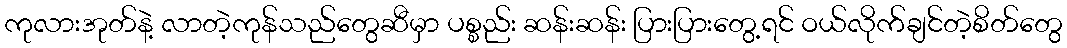
ကုလားအုတ်နဲ့ လာတဲ့ကုန်သည်တွေဆီမှာ ပစ္စည်း ဆန်းဆန်း ပြားပြားတွေ့ရင် ဝယ်လိုက်ချင်တဲ့စိတ်တွေ